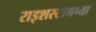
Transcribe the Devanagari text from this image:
राइशस्टागच्या